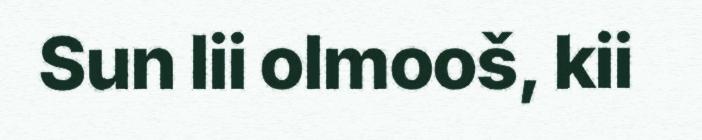
Sun lii olmooš, kii